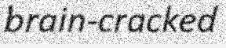
brain-cracked